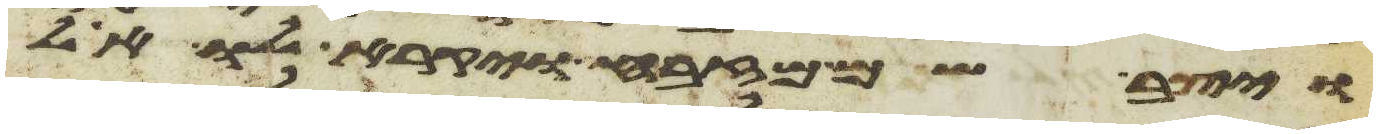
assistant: ויצב שם מזבח ויקרא לו אל